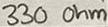
Text: 330 Ohm